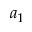
a _ { 1 }